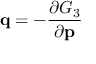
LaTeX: \mathbf { q } = - { \frac { \partial G _ { 3 } } { \partial \mathbf { p } } }